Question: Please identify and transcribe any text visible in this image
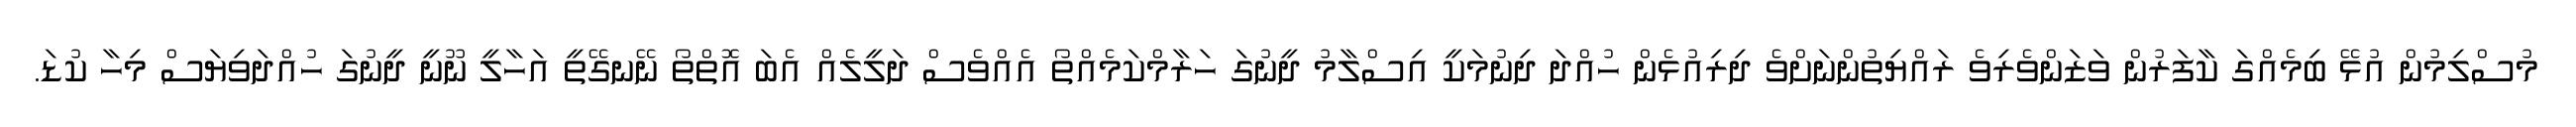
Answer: މުސްލިމުން އުޅޭ ބިމެއްގަ ކާފަރުން ވަޒަންވެރިވެ ރައްޔިތުންނަށްވެ ދިރިއުޅެން ހުއްދަ ދިނުމަކީ އިސްލާމު ދީނުގަ ހަރާމްކަމެއްތޯ އެއްވެސް ދަލީލެއް އެބަ އޮތްތޯ ނޭނގޭތީ އަހާލީ ނޫނީ ދީނުގަ ހުއްދަވިޔަސް މިހާ ކުޑަ.